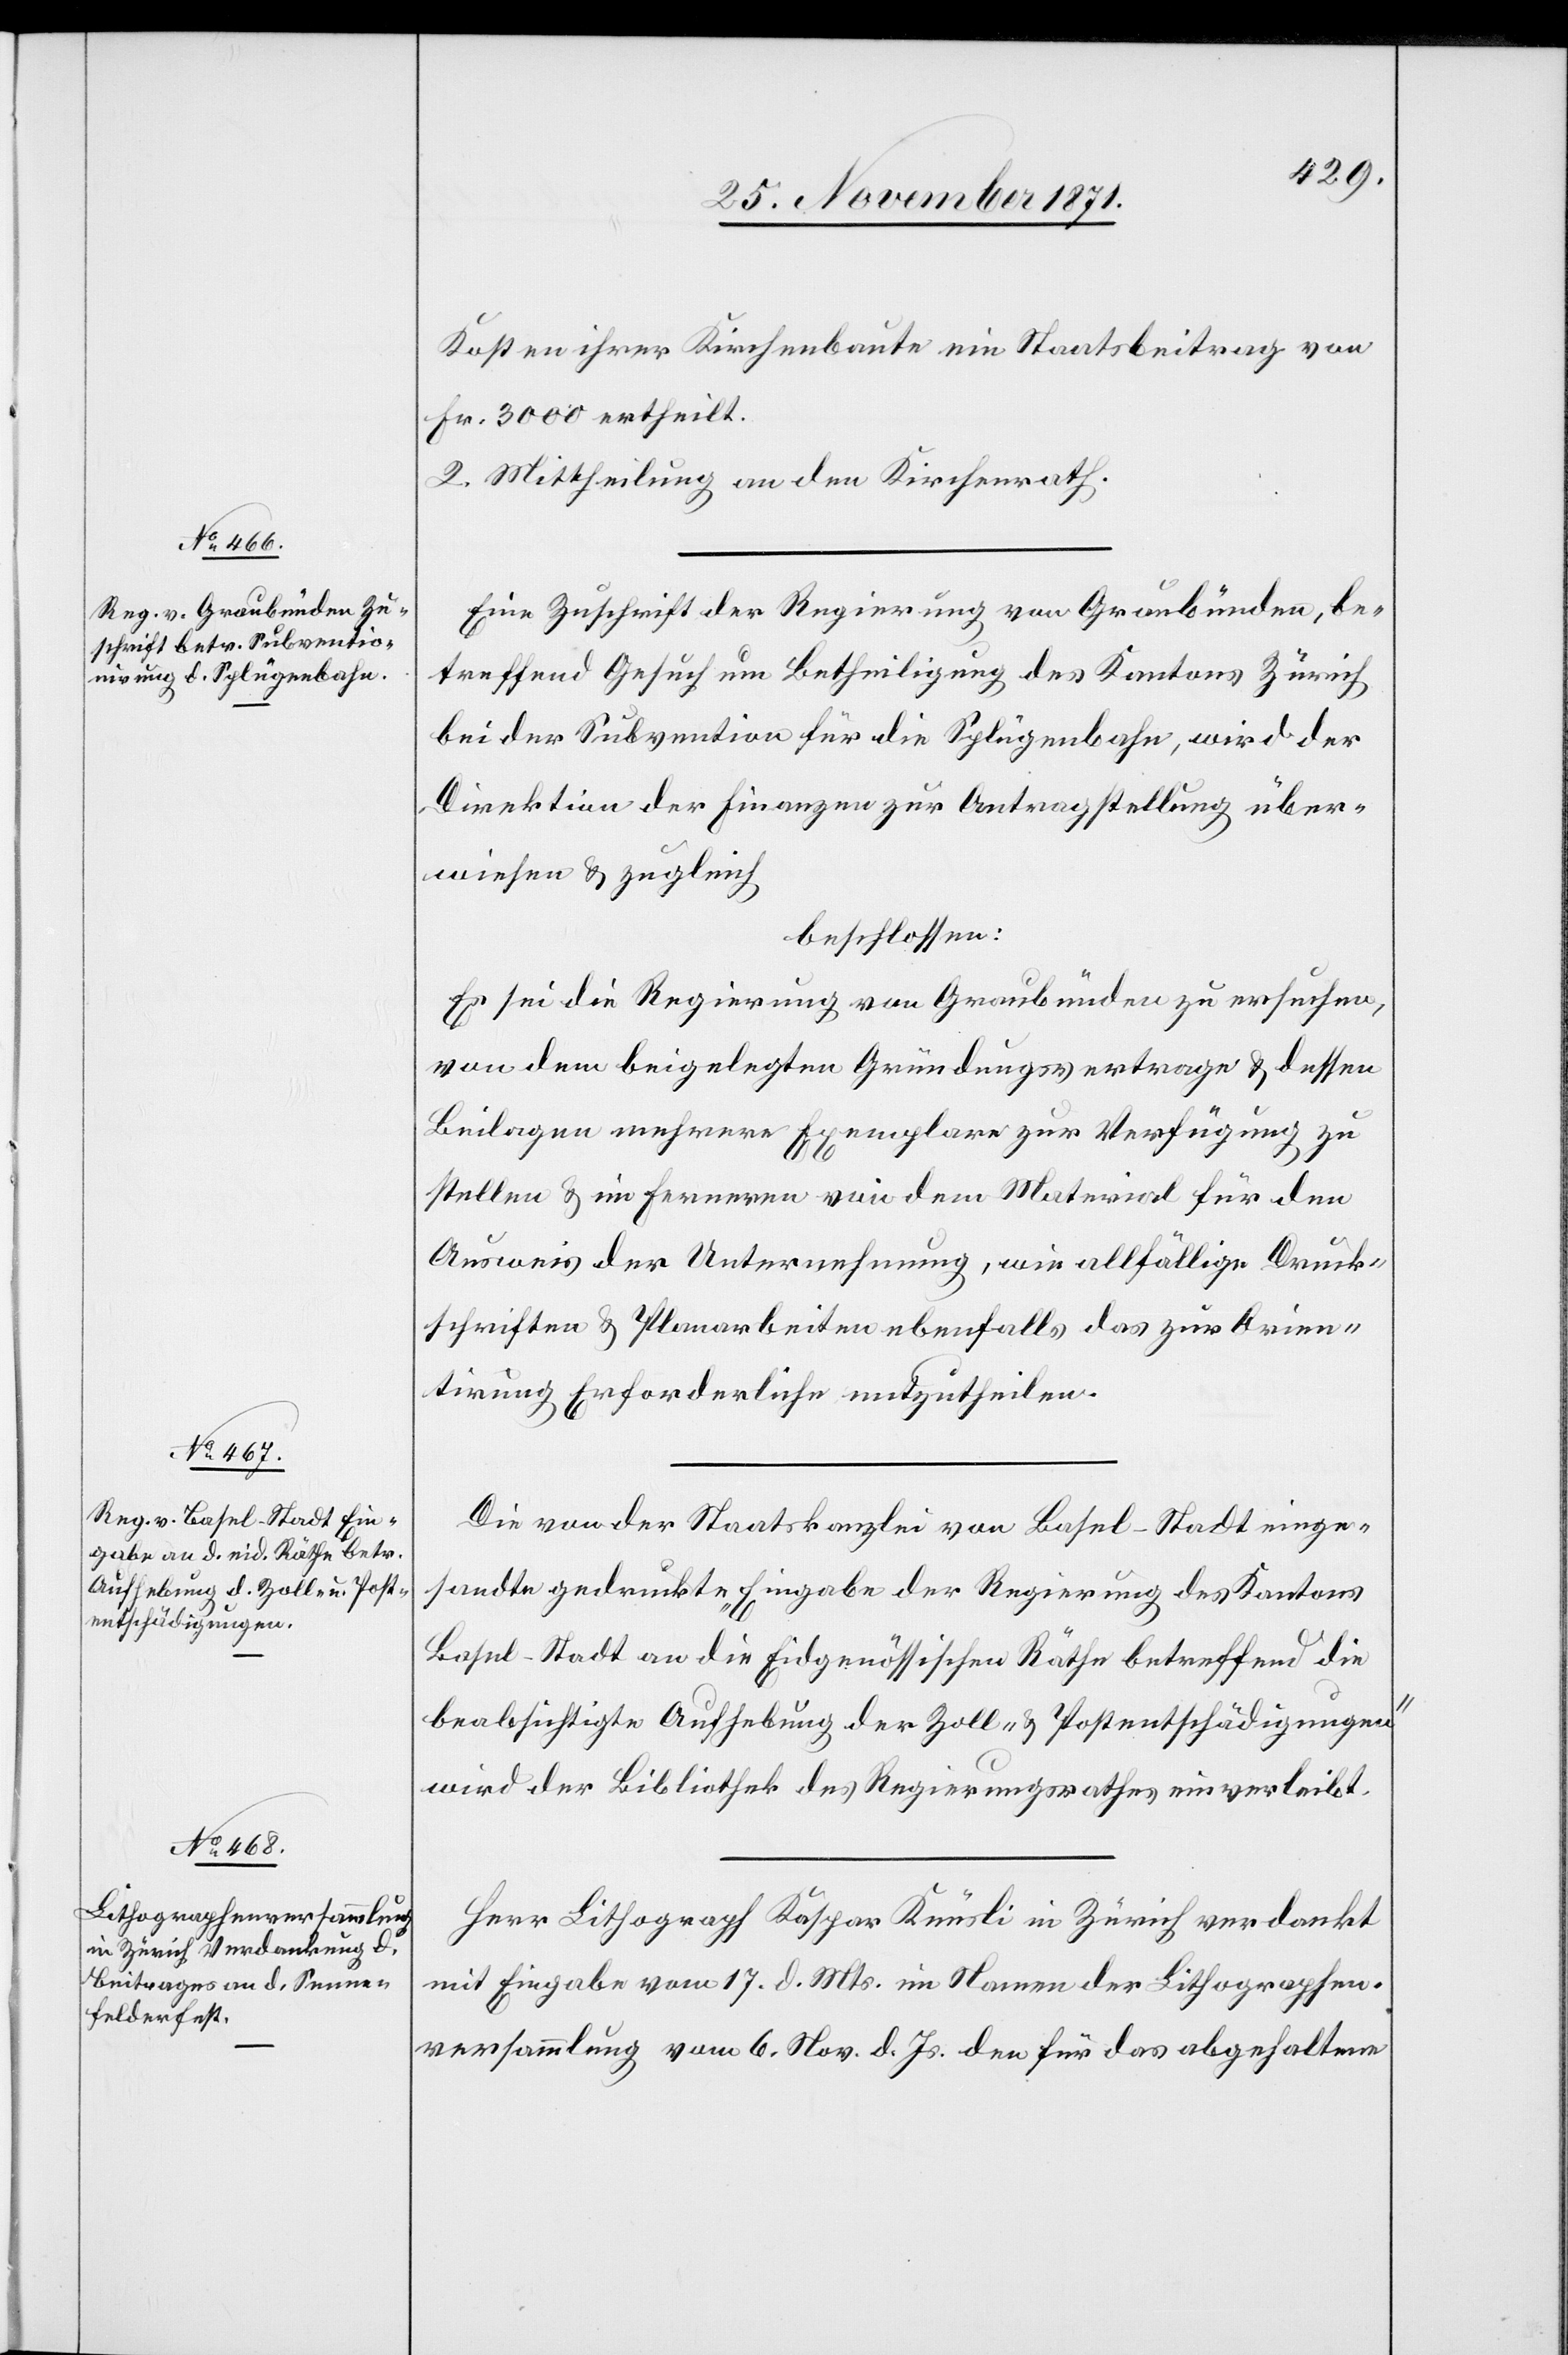
Kosten ihrer Kirchenbaute ein Staatsbeitrag von
Fr. 3000 ertheilt.
2. Mittheilung an den Kirchenrath.
Eine Zuschrift der Regierung von Graubünden, be¬
treffend Gesuch um Betheiligung des Kantons Zürich
bei der Subvention für die Splügenbahn, wird der
Direktion der Finanzen zur Antragstellung über¬
wiesen & zugleich
beschlossen:
Es sei die Regierung von Graubünden zu ersuchen,
von dem beigelegten Gründungsvertrage & dessen
Beilagen mehrere Exemplare zur Verfügung zu
stellen & im Ferneren von dem Material für den
Ausweis der Unternehmung, wie allfällige Druck¬
schriften & Planarbeiten ebenfalls das zur Orien¬
tirung Erforderliche mitzutheilen.
Die von der Staatskanzlei von Basel-Stadt einge¬
sandte gedruckte „Eingabe der Regierung des Kantons
Basel-Stadt an die Eidgenössischen Räthe betreffend die
beabsichtigte Aufhebung der Zoll- & Postentschädigungen“
wird der Bibliothek des Regierungsrathes einverleibt.
Herr Lithograph Kaspar Knüsli in Zürich verdankt
mit Eingabe vom 17. d. Mts. im Namen der Lithographen¬
versammlung vom 6. Nov. d. Js. den für das abgehaltene